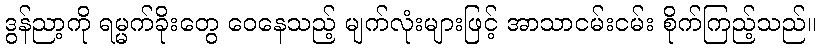
ဒွန်ညာ့ကို ရမ္မက်ခိုးတွေ ဝေနေသည့် မျက်လုံးများဖြင့် အာသာငမ်းငမ်း စိုက်ကြည့်သည်။